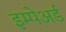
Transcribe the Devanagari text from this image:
इम्पेअर्ड